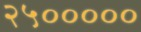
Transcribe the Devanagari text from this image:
२५०००००